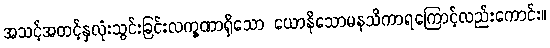
အသင့်အတင့်နှလုံးသွင်းခြင်းလက္ခဏာရှိသော ယောနိသောမနသိကာရကြောင့်လည်းကောင်း။